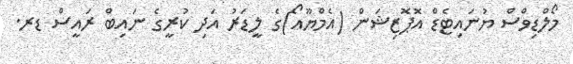
މޯލްޑިވްސް ޔުނައިޓެޑް އޮޕޮޒިޝަން (އެމްޔޫއޯ)ގެ ލީޑަރު އަދި ކުރީގެ ނައިބް ރައީސް ޑރ.